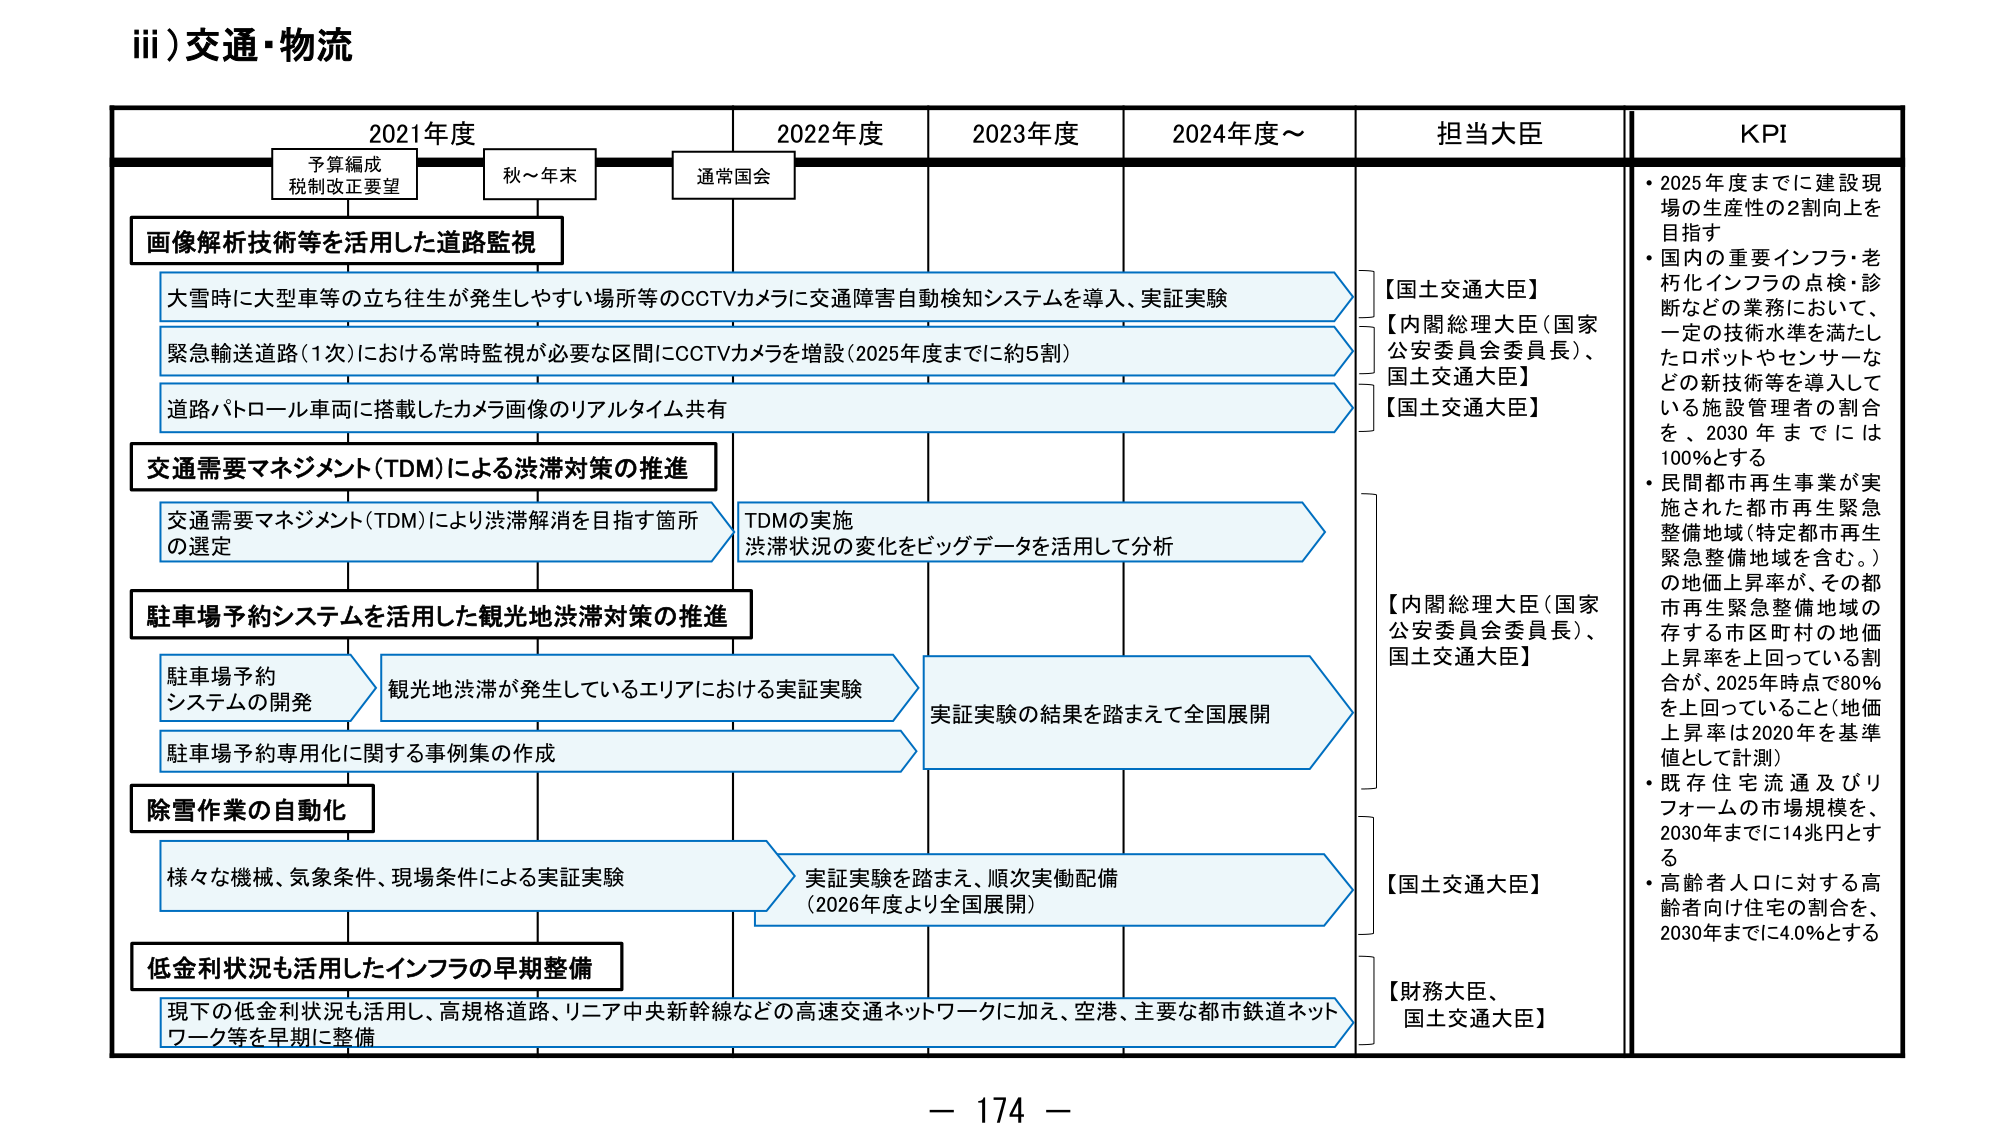
iii) 交通・物流

2021年度　　　　　　　2022年度　　　　　2023年度　　　　　2024年度～　　　　担当大臣　　　　　　KPI

予算編成
税制改正要望　　　　　秋～年末　　　　　通常国会

画像解析技術等を活用した道路監視

大雪時に大型車等の立ち往生が発生しやすい場所等のCCTVカメラに交通障害自動検知システムを導入、実証実験

緊急輸送道路（1次）における常時監視が必要な区間にCCTVカメラを増設（2025年度までに約5割）

道路パトロール車両に搭載したカメラ画像のリアルタイム共有

交通需要マネジメント（TDM）による渋滞対策の推進

交通需要マネジメント（TDM）により渋滞解消を目指す箇所の選定

TDMの実施
渋滞状況の変化をビッグデータを活用して分析

駐車場予約システムを活用した観光地渋滞対策の推進

駐車場予約
システムの開発

観光地渋滞が発生しているエリアにおける実証実験

実証実験の結果を踏まえて全国展開

駐車場予約専用化に関する事例集の作成

除雪作業の自動化

様々な機械、気象条件、現場条件による実証実験

実証実験を踏まえ、順次実働配備
（2026年度より全国展開）

低金利状況も活用したインフラの早期整備

現下の低金利状況も活用し、高規格道路、リニア中央新幹線などの高速交通ネットワークに加え、空港、主要な都市鉄道ネットワーク等を早期に整備

【国土交通大臣】
【内閣総理大臣（国家公安委員会委員長）、国土交通大臣】
【国土交通大臣】
【内閣総理大臣（国家公安委員会委員長）、国土交通大臣】
【国土交通大臣】
【財務大臣、国土交通大臣】

・2025年度までに建設現場の生産性の2割向上を目指す
・国内の重要インフラ・老朽化インフラの点検・診断などの業務において、一定の技術水準を満たしたロボットやセンサーなどの新技術等を導入している施設管理者の割合を、2030年までには100％とする
・民間都市再生事業が実施された都市再生緊急整備地域（特定都市再生緊急整備地域を含む。）の地価上昇率が、その都市再生緊急整備地域の存する市区町村の地価上昇率を上回っている割合が、2025年時点で80％を上回っていること（地価上昇率は2020年を基準値として計測）
・既存住宅流通及びリフォームの市場規模を、2030年までに14兆円とする
・高齢者人口に対する高齢者向け住宅の割合を、2030年までに4.0％とする

－ 174 －